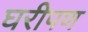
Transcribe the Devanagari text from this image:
घरीपण